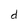
Character: d